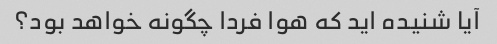
آیا شنیده اید که هوا فردا چگونه خواهد بود؟